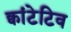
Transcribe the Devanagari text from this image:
क्वांटेटिव